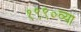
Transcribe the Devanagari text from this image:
१९९०व्या